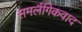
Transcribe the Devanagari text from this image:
समलैंगिकवाद